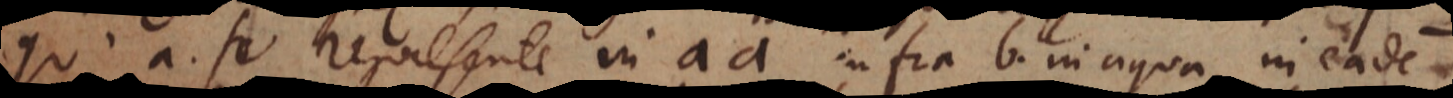
qu’a se represente in aa infra b. in aqua, in eadem